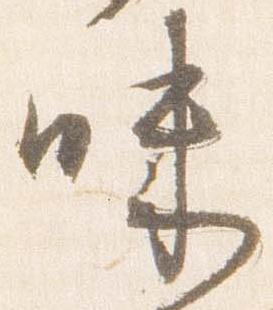
味